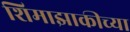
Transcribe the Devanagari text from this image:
शिमाझाकीच्या